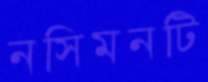
নসিমনটি